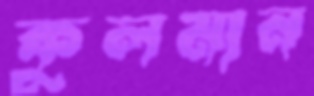
কুলমান